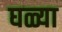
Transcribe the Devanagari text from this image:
घळ्या